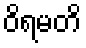
ဝိရမတိ